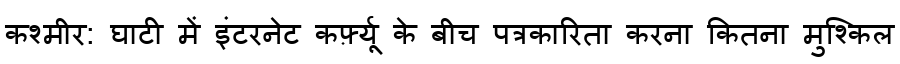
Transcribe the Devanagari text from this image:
कश्मीर: घाटी में इंटरनेट कर्फ़्यू के बीच पत्रकारिता करना कितना मुश्किल